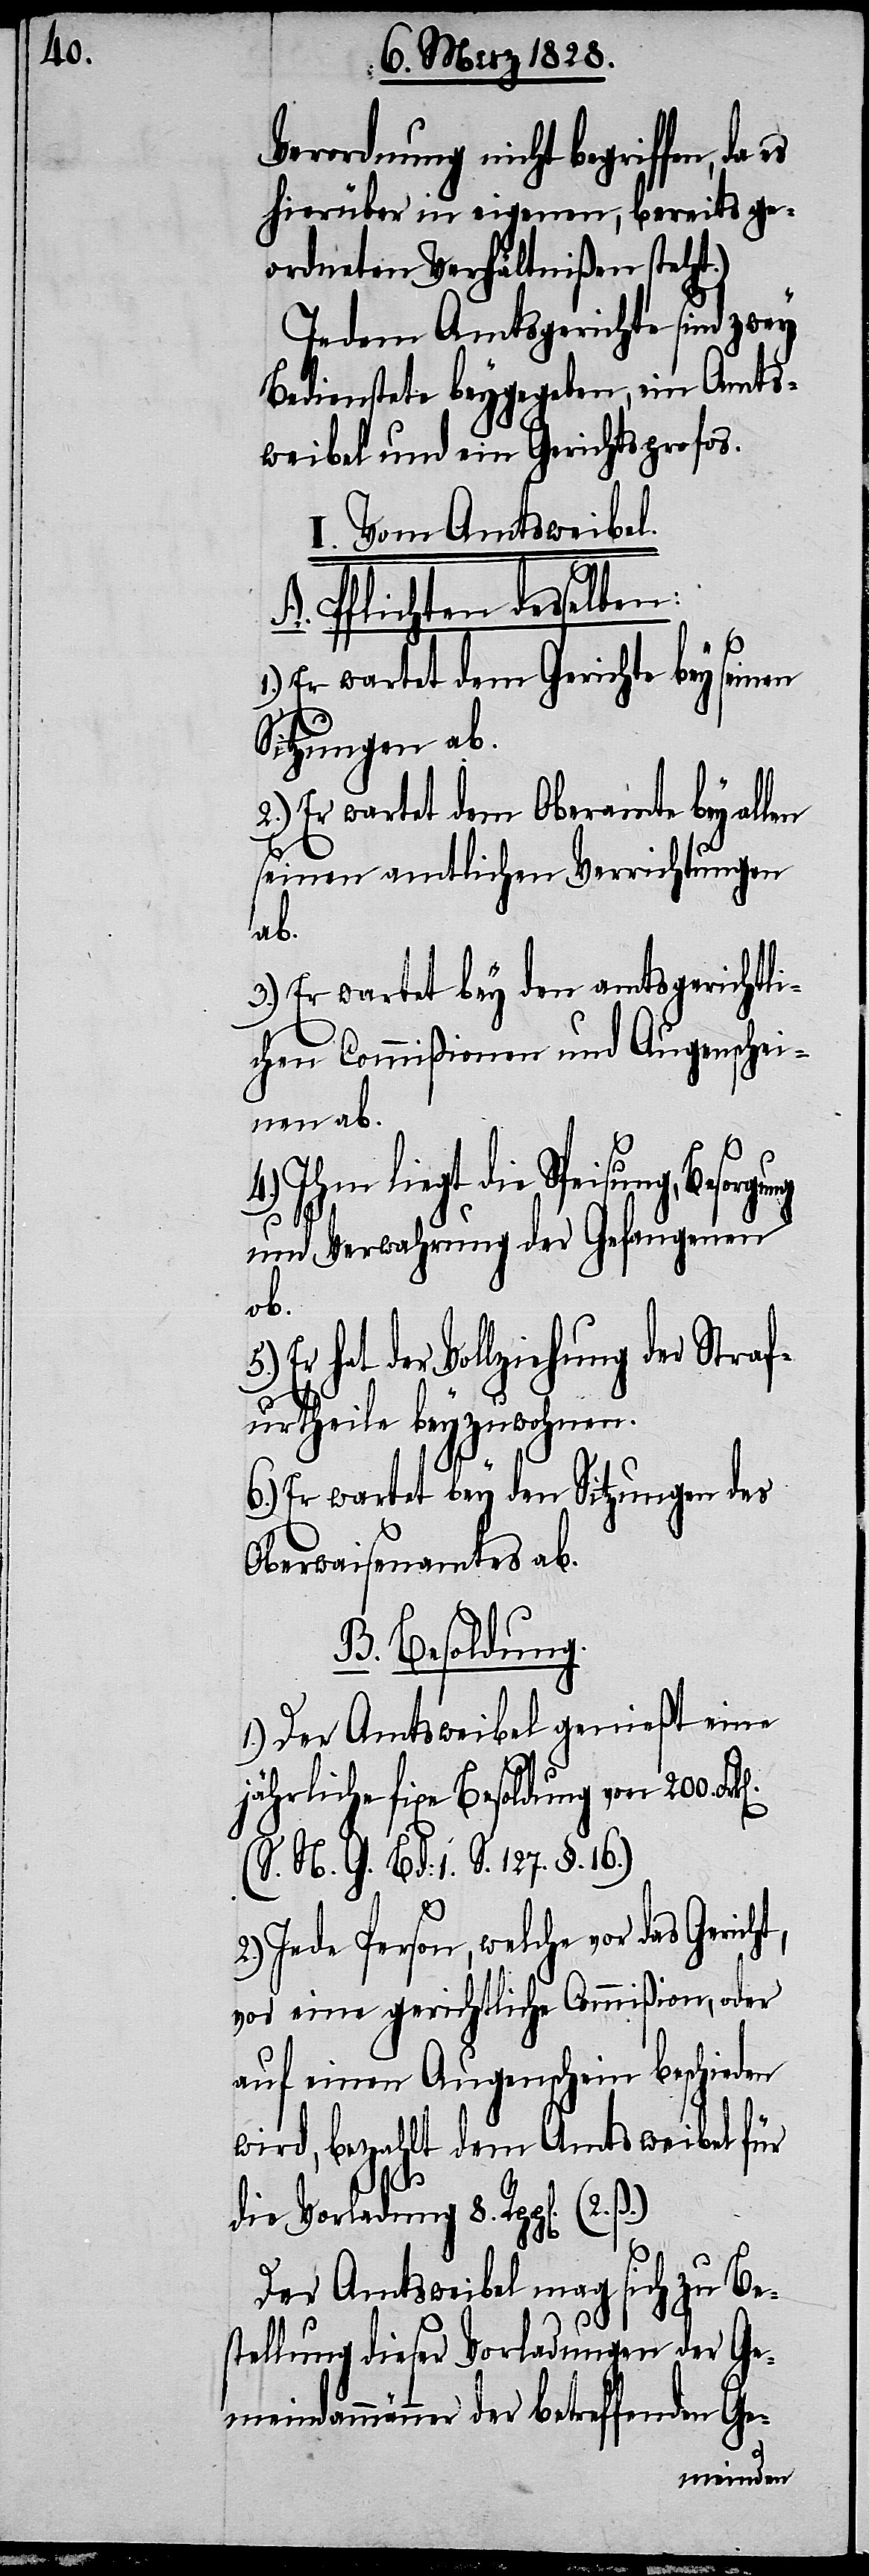
Verordnung nicht begriffen, da
hierüber in eigenen, bereits ge¬
ordneten Verhältnißen steht.)
Jedem Amtsgerichte sind zwey
Bedienstete beygegeben, ein Amts¬
weibel und ein Gerichtsprofos.
I. Vom Amtsweibel.
A. Pflichten desselben:
1.) Er wartet dem Gerichte bey seinen
Sitzungen ab.
2.) Er wartet dem Oberamte bey allen
seien amtlichen Verrichtungen
t,
3.) Er wartet bey den amtsgerichtli¬
chen Commißionen und Augenschei¬
nen ab.
Ihm liegt die Speisung,
und Verwahrung der Gefangenen
ob.
Er hat der Vollziehung der Straf¬
urtheile beyzuwohnen.
6.) Er wartet bey den Sitzungen des
Oberwaisenamtes ab.
B. Besoldung.
1.) Der Amtsweibel genießt eine
jährliche fixe Besoldung von 200.
(S. N. G. Bd: 1. S. 127. §. 16.)
2.) Jede Person, welche vor das Geich¬
vor eine gerichtliche Commißion, oder
auf einen Augenschein beschieden
wird, bezahlt dem Amtsweibel für
die Vorladung 8. Rpp[en].
Der Amtsweibel mag sich zu Be¬
stellung dieser Vorladungen der Ge¬
meindammänner betreffenden Ge-